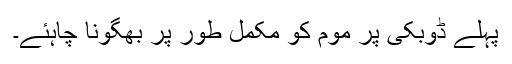
پہلے ڈوبکی پر موم کو مکمل طور پر بھگونا چاہئے۔